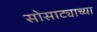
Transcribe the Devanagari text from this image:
सोसाट्याच्या